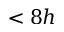
< 8 h